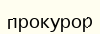
прокурор